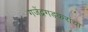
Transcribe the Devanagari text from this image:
गजेंद्रगडकरांचा